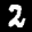
Label: 2